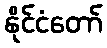
နိုင်ငံတော်